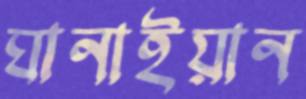
ঘানাইয়ান